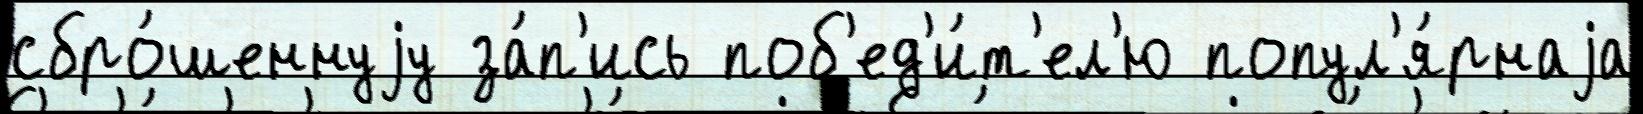
сбро́шеннуjу за́п'ись поб'ед'и́т'ел'ю попул'я́рнаjа